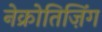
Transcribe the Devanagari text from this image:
नेक्रोतिज़िंग